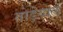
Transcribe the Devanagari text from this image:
तोड़ेवाले